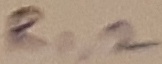
Text: R1,2